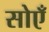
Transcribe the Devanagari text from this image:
सोएँ